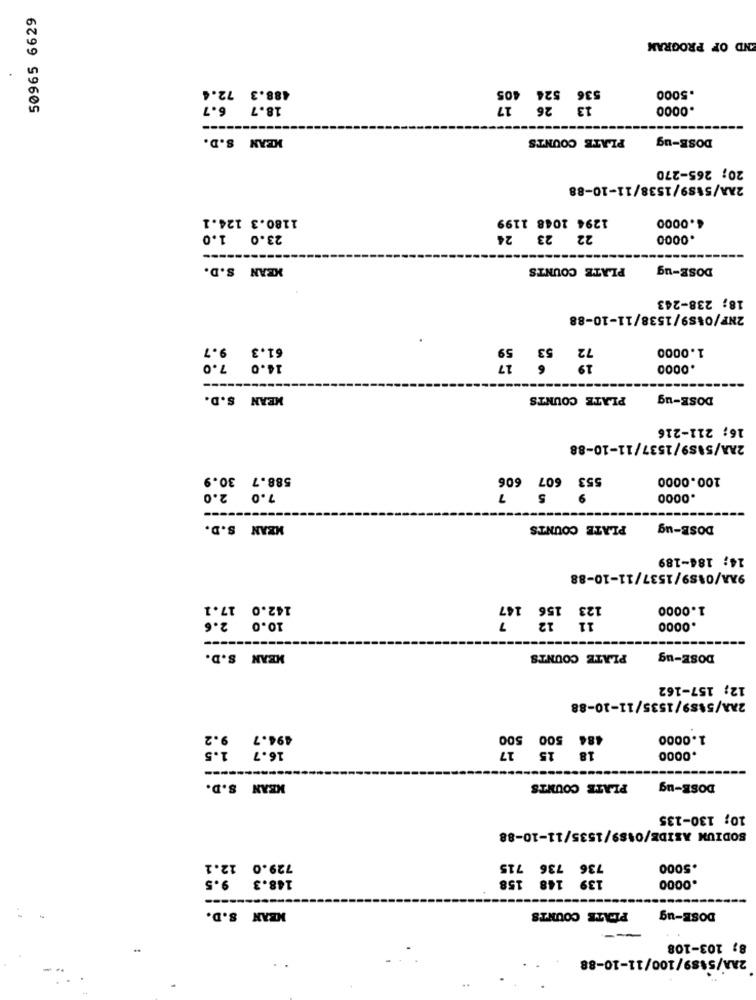
50965 6629
AND OF PROGRAM
488.3 72.4
536 524 405
.5000
6.7
18.7
13 26 17
.0000
MEAN S.D.
PLATE COUNTS
DOSE-ug
20; 265-270
2AA/5489/1538/11-10-88
1180.3 124.1
1294 1048 1199
4.0000
23.0 1.0
22 23 24
.0000
MEAN S.D.
PLATE COUNTS
DOSE-ug
18; 238-243
2NF/0489/1538/11-10-88
31.3 97
1.0000
.0000
---
MEAN S.D.
PLATE COUNTS
DOSE-ug
16; 211-216
2AA/5189/1537/11-10-88
588.7 30.9
553 607 606
100.0000
7.0 2.0
.0000
MEAN S.D.
PLATE COUNTS
DOSB-ug
14; 184-189
9AA/0489/1537/11-10-88
142.0 17.1
1.0000
10.0 2.6
.0000
MEAN S.D.
PLATE COUNTS
DOSE-ug
12; 157-162
2AA/5489/1535/11-10-88
494.7
484 500 500
1.0000
16.7
18 15 17
.0000
MEAN S.D.
PLATE COUNTS
DOSE-ug
10; 130-135
SODIUN ASIDE/0489/1535/11-10-88
729.0 12.1
736 736 715
.5000
148.3 9.5
139 148 158
.0000
PLATE COUNTS
DOSE-ug
MEAN S.D.
8; 103-108
2AA/5489/100/11-10-88